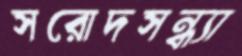
সরোদসন্ধ্যা